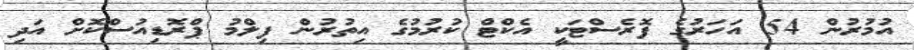
އުމުރުން 54 އަހަރުގެ ފޮރެސްޓަކީ އެކްޓް ކުރުމުގެ އިތުރުން ފިލްމު ޕްރޮޑިއުސްކޮށް އަދި